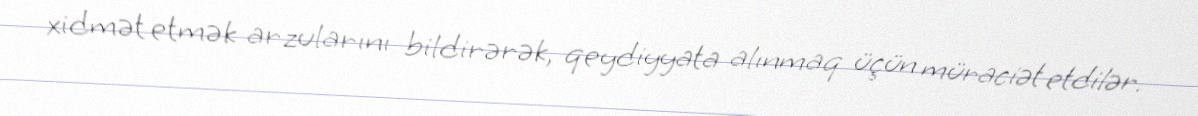
xidmət etmək arzularını bildirərək, qeydiyyata alınmaq üçün müraciət etdilər.